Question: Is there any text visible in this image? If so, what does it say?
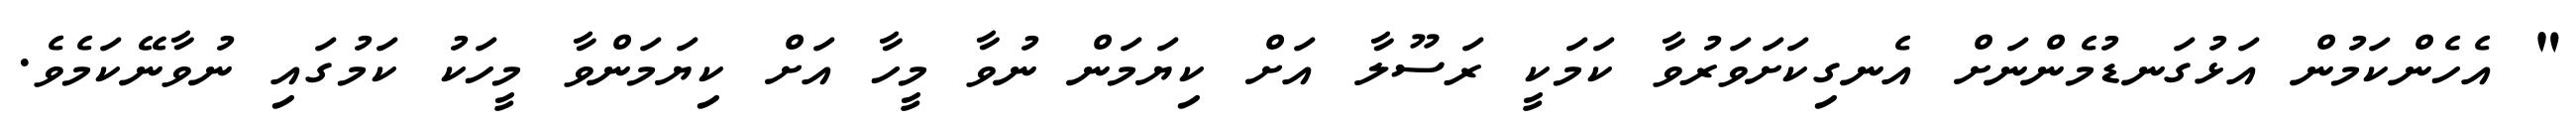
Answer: " އެހެންކަމުން އަޅުގަނޑުމެންނަށް އެނގިކަށަވަރުވާ ކަމަކީ ރަސޫލާ އަށް ކިޔަމަން ނުވާ މީހާ އަށް ކިޔަމަންވާ މީހަކު ކަމުގައި ނުވާނޭކަމެވެ.